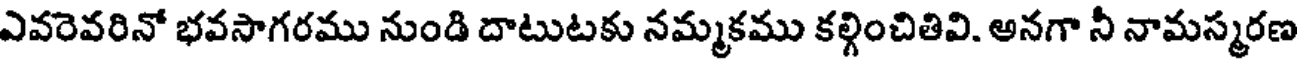
ఎవరెవరినో భవసాగరము నుండి దాటుటకు నమ్మకము కల్గించితివి. అనగా నీ నామస్మరణ